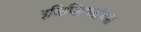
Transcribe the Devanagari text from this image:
इजिप्शियनांच्या